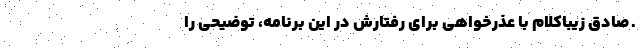
ـ صادق زیباکلام با عذرخواهی برای رفتارش در این برنامه، توضیحی را